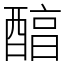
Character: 醕